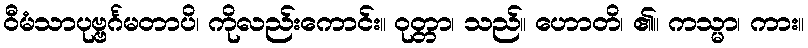
ဝီမံသာပုဗ္ဗင်္ဂမတာပိ၊ ကိုလည်းကောင်း။ ဝုတ္တာ၊ သည်။ ဟောတိ၊ ၏။ ကသ္မာ၊ ကား။